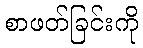
စာဖတ်ခြင်းကို